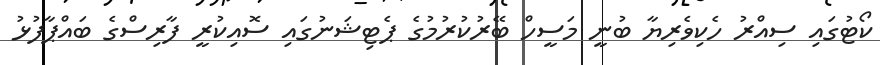
ކޯޓުގައި ސިއްރު ހެކިވެރިޔާ ބުނީ މަސީހް ބޭރުކުރުމުގެ ޕެޓިޝަނުގައި ސޮއިކުރީ ފާރިސްގެ ބައްޕާފުޅު